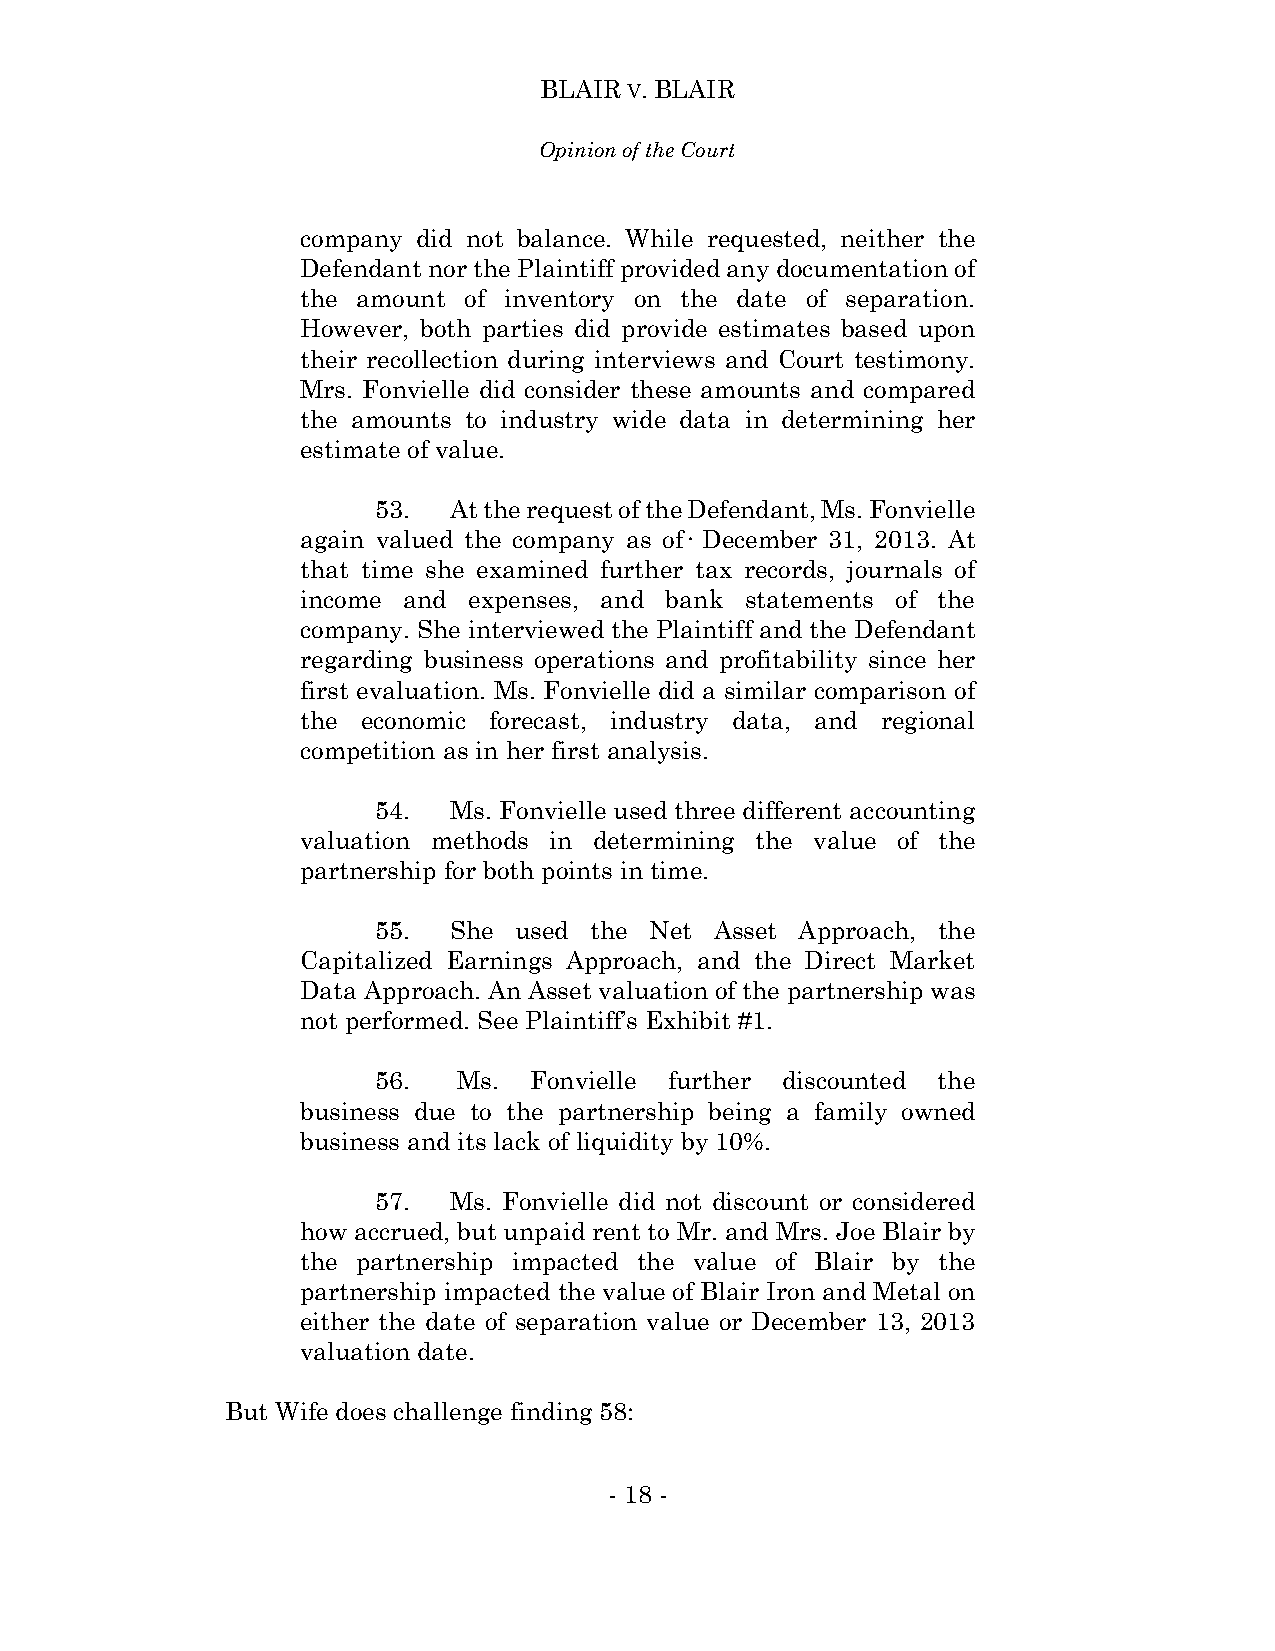
BLAIR V. BLAIR
 Opinion of the Court
 company did not balance. While requested, neither the
 Defendant nor the Plaintiff provided any documentation of
 the amount of inventory on the date of separation.
 However, both parties did provide estimates based upon
 their recollection during interviews and Court testimony.
 Mrs. Fonvielle did consider these amounts and compared
 the amounts to industry wide data in determining her
 estimate of value.
 53.  At the request of the Defendant, Ms. Fonvielle
 again valued the company as of· December 31, 2013. At
 that time she examined further tax records, journals of
 income and expenses, and bank statements of the
 company. She interviewed the Plaintiff and the Defendant
 regarding business operations and profitability since her
 first evaluation. Ms. Fonvielle did a similar comparison of
 the economic forecast, industry data, and regional
 competition as in her first analysis.
 54.  Ms. Fonvielle used three different accounting
 valuation methods in determining the value of the
 partnership for both points in time.
 55.  She used the Net Asset Approach, the
 Capitalized Earnings Approach, and the Direct Market
 Data Approach. An Asset valuation of the partnership was
 not performed. See Plaintiff’s Exhibit #1.
 56.  Ms.  Fonvielle further discounted the
 business due to the partnership being a family owned
 business and its lack of liquidity by 10%.
 57.  Ms. Fonvielle did not discount or considered
 how accrued, but unpaid rent to Mr. and Mrs. Joe Blair by
 the partnership impacted the value of Blair by the
 partnership impacted the value of Blair Iron and Metal on
 either the date of separation value or December 13, 2013
 valuation date.
 But Wife does challenge finding 58:
 - 18 -